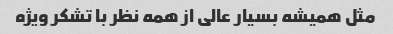
مثل همیشه بسیار عالی از همه نظر با تشکر ویژه